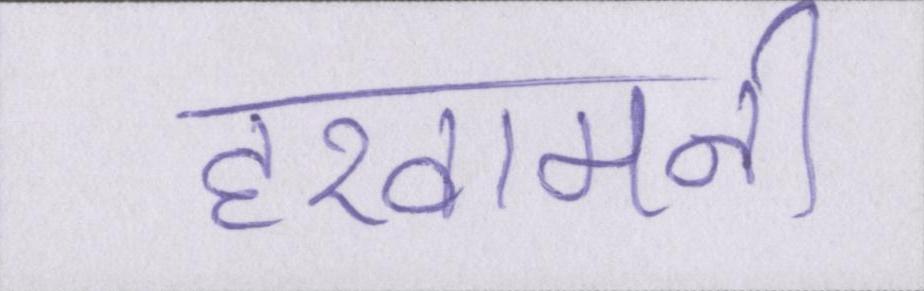
हखामनी